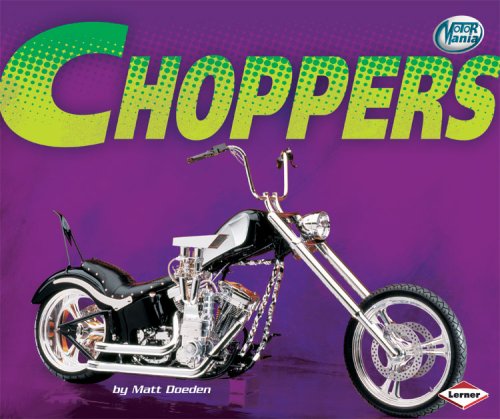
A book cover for Choppers (Motor Mania); Matt Doeden; Children's Books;